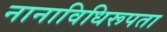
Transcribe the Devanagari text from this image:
नानाविधिरूपता